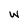
Character: w